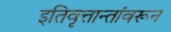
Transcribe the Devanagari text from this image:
इतिवृत्तान्तांवरून